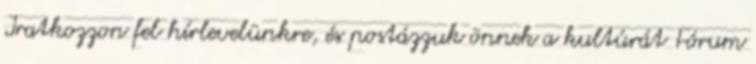
Iratkozzon fel hírlevelünkre, és postázzuk önnek a kultúrát Fórum